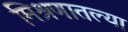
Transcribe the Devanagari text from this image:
मिश्रणातल्या